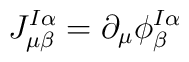
J_{\mu\beta}^{I\alpha} = \partial_{\mu}\phi^{I \alpha}_{\beta}